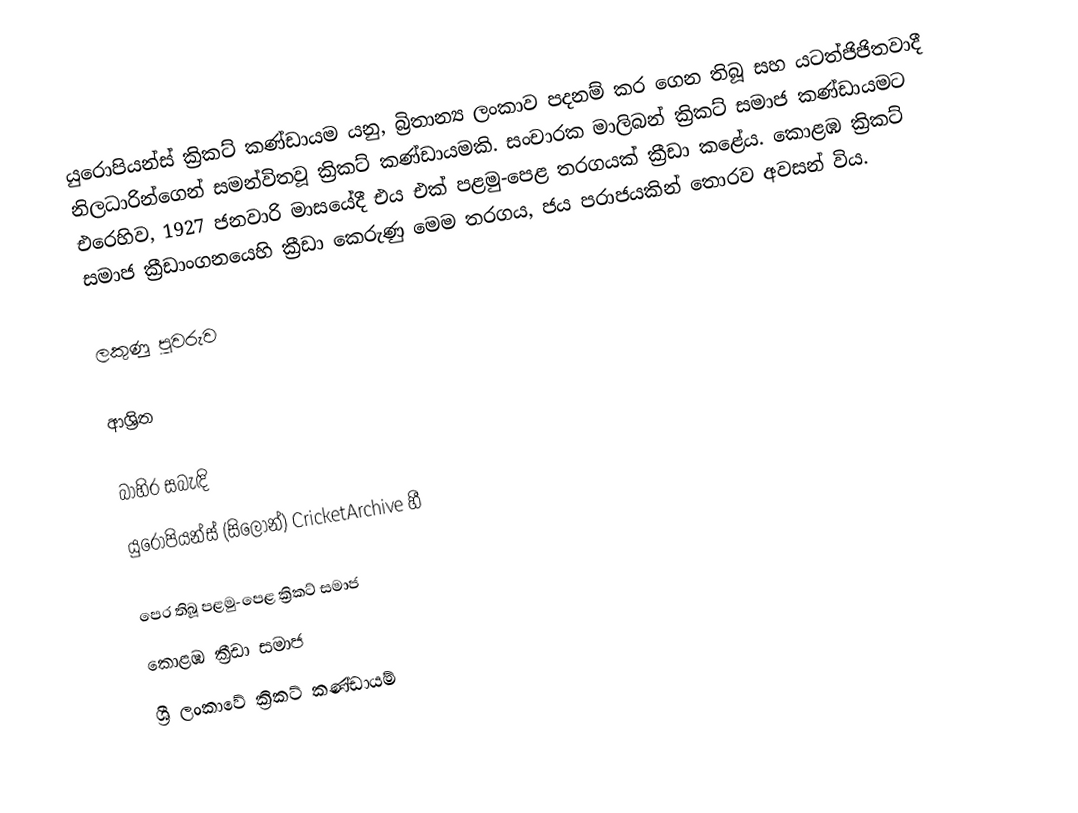
යුරොපියන්ස් ක්‍රිකට් කණ්ඩායම යනු, බ්‍රිතාන්‍ය ලංකාව පදනම් කර ගෙන තිබූ සහ යටත්ජිජිතවාදී නිලධාරින්ගෙන් සමන්විතවූ ක්‍රිකට් කණ්ඩායමකි.  සංචාරක මාලිබන් ක්‍රිකට් සමාජ කණ්ඩායමට එරෙහිව, 1927 ජනවාරි මාසයේදී එය එක්  පළමු-පෙළ තරගයක් ක්‍රීඩා කළේය.   කොළඹ ක්‍රිකට් සමාජ ක්‍රීඩාංගනයෙහි ක්‍රීඩා කෙරුණු මෙම තරගය, ජය පරාජයකින් තොරව අවසන් විය.

ලකුණු පුවරුව

ආශ්‍රිත

බාහිර සබැඳි
යුරොපියන්ස් (සිලෝන්) CricketArchive හී

පෙර තිබූ පළමු-පෙළ ක්‍රිකට් සමාජ
කොළඹ ක්‍රීඩා සමාජ
ශ්‍රී ලංකාවේ ක්‍රිකට් කණ්ඩායම්